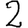
Digit: 2